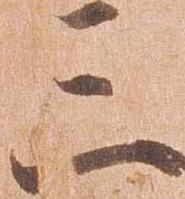
三